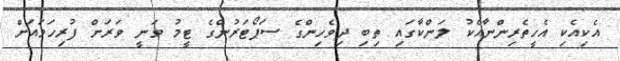
އެކިއެކި އެހީތެރިންނާއެކު ލަންކާގައި ތިބި ދިވެހިންގެ ސަޕޯޓަރުންގެ ޓީމު ވަނީ ވަރަށް ފުރިހަމައަށް